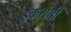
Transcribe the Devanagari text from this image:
डुकरांची